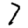
Digit: 7